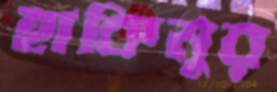
হাকিমুর